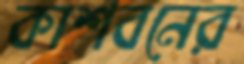
কাশবনের